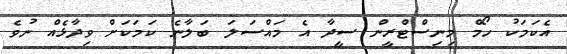
އެކަމަކު ހޯމް މިނިސްޓްރީން ސީދާ އެ މައްސަލަ ބަލާނެ ކަމަކަށް ވިދާޅެއް ނުވެ